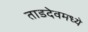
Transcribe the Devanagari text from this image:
ताडदेवमध्ये